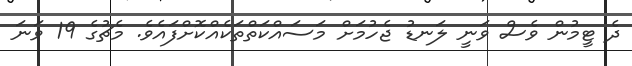
ދެ ޓީމުން ވެސް ވަނީ ލަނޑު ޖެހުމަށް މަސައްކަތްތަކެއްކޮށްފައެވެ. މެޗުގެ 19 ވަނަ